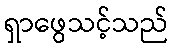
ရှာဖွေသင့်သည်